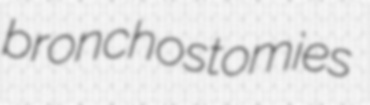
bronchostomies